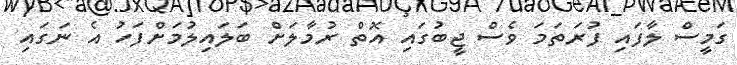
ގަމީސް ލާފައި ފުރަތަމަ ވެސް ޖީބުގައި އޮތް ރުމާލަށް ބަލައިލުމަށްފަހު އެ ނަގައި